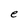
Character: e